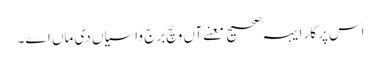
اس پرکار ایہہ صحیح معنےآں وچّ برج واسیاں دی ماں اے۔